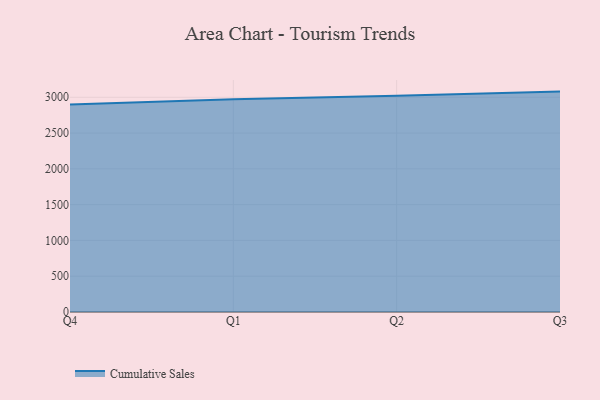
{"axis": {"x": "Quarter", "y": "Churn Rate (%)"}, "legend": ["Cumulative Sales"], "data": [{"x": "Q4", "y": 2898.3, "type": "Cumulative Sales"}, {"x": "Q1", "y": 2972.2, "type": "Cumulative Sales"}, {"x": "Q2", "y": 3022.6, "type": "Cumulative Sales"}, {"x": "Q3", "y": 3079.1, "type": "Cumulative Sales"}]}